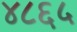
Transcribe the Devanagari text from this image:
४८६५